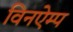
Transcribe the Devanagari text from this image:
विनऐम्प